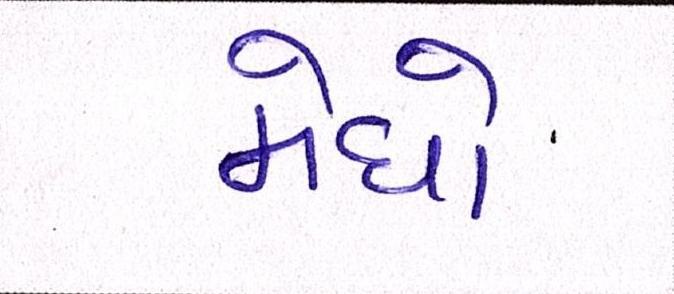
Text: મેઘો